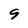
Character: 9